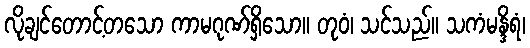
လိုချင်တောင့်တသော ကာမဂုဏ်ရှိသော။ တုဝံ၊ သင်သည်။ သကံမန္ဒိရံ၊